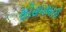
સોહમભાઈ